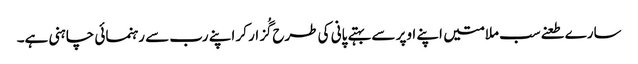
سارے طعنےسب ملامتیں اپنے اوپر سے بہتے پانی کی طرح گُزار کر اپنے رب سے رہنمائی چاہنی ہے۔